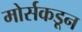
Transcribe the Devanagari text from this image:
मोर्सकडून